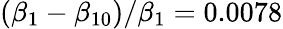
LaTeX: (\beta_{1}-\beta_{10})/\beta_{1}=0.0078